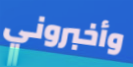
وأخبروني